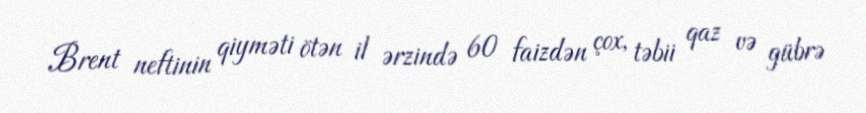
Brent neftinin qiyməti ötən il ərzində 60 faizdən çox, təbii qaz və gübrə